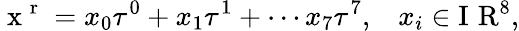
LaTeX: \mathrm{{\mathbf~x~^{r}~}}=x_{0}\tau^{0}+x_{1}\tau^{1}+\cdots x_{7}\tau^{7},\; \; \; x_{i}\in\mathrm{I~\! ~R}^{8},